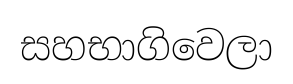
සහභාගිවෙලා